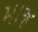
માજ